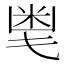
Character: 𱸸